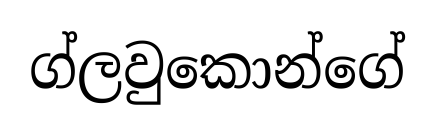
ග්ලවුකොන්ගේ